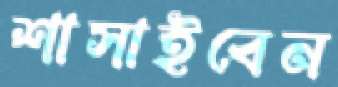
শাসাইবেন